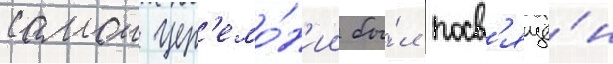
самои цер'емо́н'ии бы́л посв'ящё́н